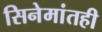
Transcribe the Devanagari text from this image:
सिनेमांतही